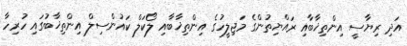
އަދި ރިޔާސީ އިންތިޚާބާއި ރައްޔިތުންގެ މަޖިލީހުގެ އިންތިޚާބާއި ލޯކަލް ކައުންސިލް އިންތިޚާބުގައި ހުރިހާ